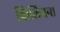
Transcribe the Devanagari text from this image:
किलियन्स